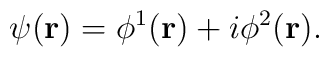
\psi ({\bf r})=\phi ^1({\bf r})+i\phi ^2({\bf r}).